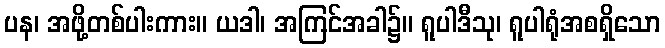
ပန၊ အဖို့တစ်ပါးကား။ ယဒါ၊ အကြင်အခါ၌။ ရူပါဒီသု၊ ရူပါရုံအစရှိသော